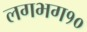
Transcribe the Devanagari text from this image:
लगभग१०